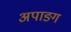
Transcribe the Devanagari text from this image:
अपाङग